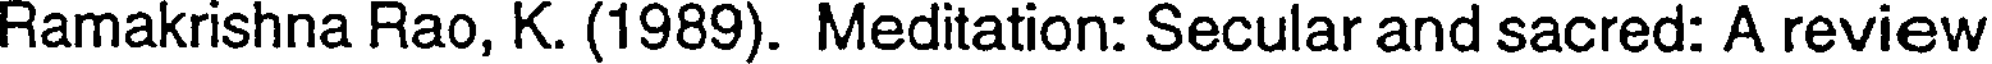
Ramakrishna Rao, K. (1989). Meditation: Secular and sacred: A review